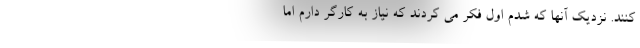
کنند. نزدیک آنها که شدم اول فکر می کردند که نیاز به کارگر دارم اما